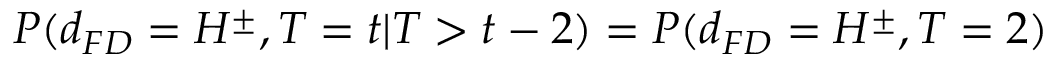
\begin{array} { r } { P ( d _ { F D } = H ^ { \pm } , T = t | T > t - 2 ) = P ( d _ { F D } = H ^ { \pm } , T = 2 ) } \end{array}